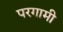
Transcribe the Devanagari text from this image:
परगामी